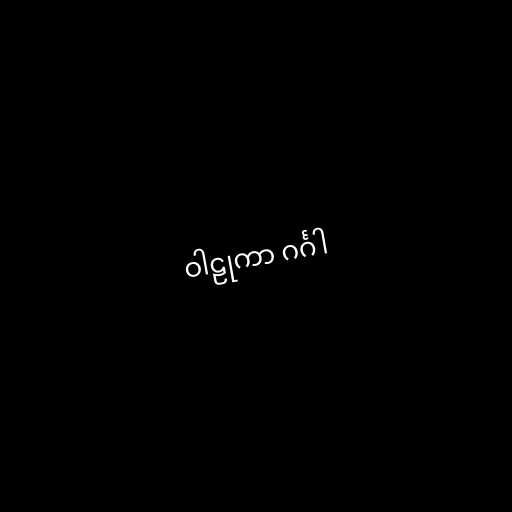
ဝါဠုကာ ဂင်္ဂါ